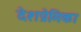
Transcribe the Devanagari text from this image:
देशप्रेमिका